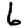
Digit: 6